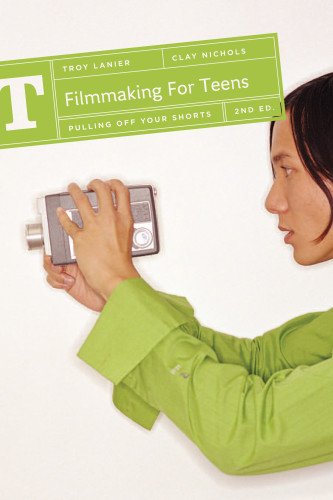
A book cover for Filmmaking for Teens: Pulling Off Your Shorts; Troy Lanier; Humor & Entertainment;